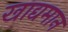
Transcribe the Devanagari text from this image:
खाद्यमान